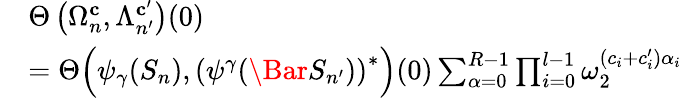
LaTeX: \begin{array}{rl}&{\Theta\left(\Omega_{n}^{\mathbf{c}},\Lambda_{n^{\prime}}^{\mathbf{c}^{\prime}}\right)(0)}\\ &{=\Theta\Big(\psi_{\gamma}(S_{n}),\left(\psi^{\gamma}(\Bar{S}_{n^{\prime}})\right)^{*}\Big)(0)\sum_{\alpha=0}^{R-1}\prod_{i=0}^{l-1}\omega_{2}^{(c_{i}+c_{i}^{\prime})\alpha_{i}}}\end{array}